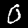
Label: 0